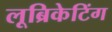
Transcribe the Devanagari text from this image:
लूब्रिकेटिंग